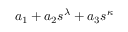
a _ { 1 } + a _ { 2 } s ^ { \lambda } + a _ { 3 } s ^ { \kappa }